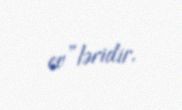
ev”ləridir.